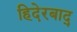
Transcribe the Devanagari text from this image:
हिदेरबाद्